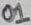
Text: 01